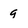
Character: 9